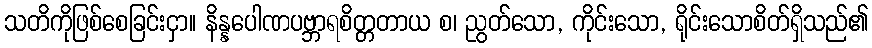
သတိကိုဖြစ်စေခြင်းငှာ။ နိန္နပေါဏပဗ္ဘာရစိတ္တတာယ စ၊ ညွတ်သော, ကိုင်းသော, ရိုင်းသောစိတ်ရှိသည်၏